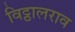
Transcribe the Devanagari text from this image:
विट्ठालराव